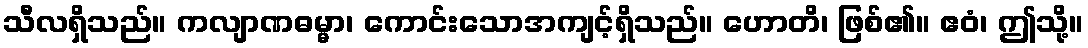
သီလရှိသည်။ ကလျာဏဓမ္မာ၊ ကောင်းသောအကျင့်ရှိသည်။ ဟောတိ၊ ဖြစ်၏။ ဧဝံ၊ ဤသို့။